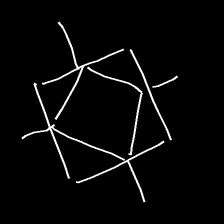
Glyph: light